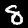
Digit: 8